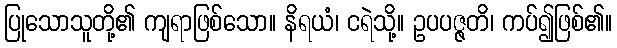
ပြုသောသူတို့၏ ကျရာဖြစ်သော။ နိရယံ၊ ငရဲသို့။ ဥပပဇ္ဇတိ၊ ကပ်၍ဖြစ်၏။